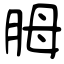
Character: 胟